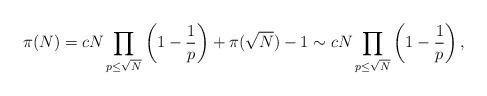
LaTeX: \begin{align*} \pi(N)=cN\prod_{p\le \sqrt{N}}\left(1-\frac{1}{p}\right)+\pi(\sqrt{N})-1 \sim cN\prod_{p\le \sqrt{N}}\left(1-\frac{1}{p}\right),\end{align*}